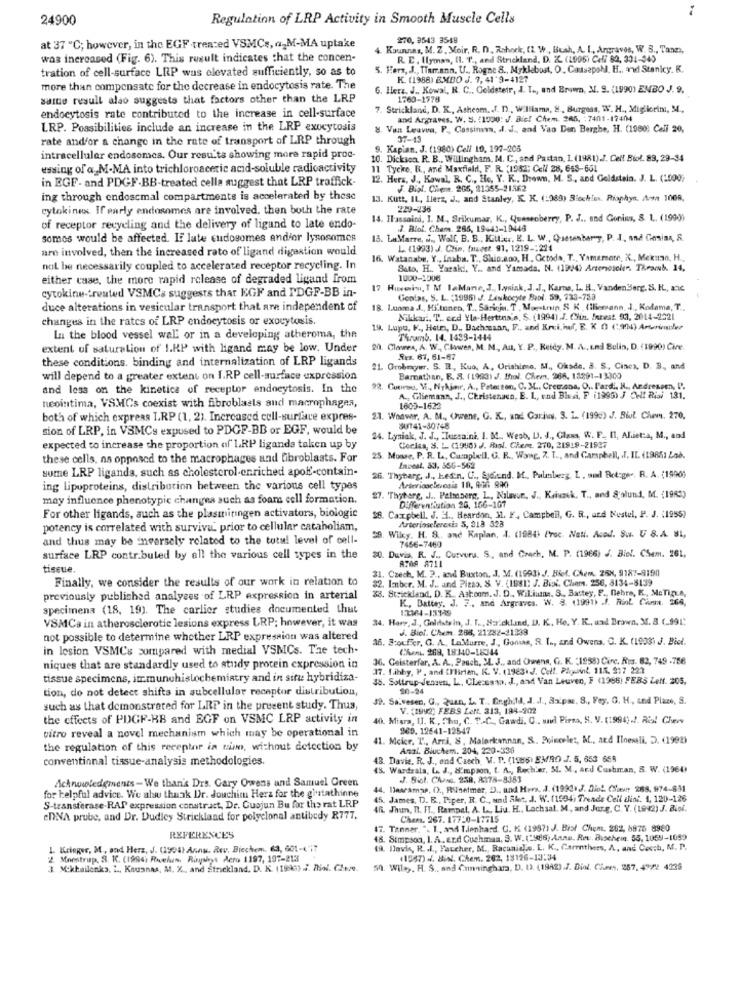
24900
Regulation of LRP Activity in Smooth Muscle Cells
270, 9543 3548
at 37 ℃; however, in the EGF -treated VSMCs, a-M-MA uptake
Kounnas, M. Z. Moir, R. D. Rshock, IL. W ., Bush, A. I ., Argraves, W. S ., Tann),
was increased (Fig. 6). This result indicates that the concen-
R. E . Ilyman, I. T ., and Strickland, D. Z. (1995) Cell 62, 331-040
tration of cell-surface LRP was elevated sufficiently, so as to
5. Hers, J ., Tiemann, U ., Rogne 8 ., Mykleboat, O, CausepoN. H ., and Stanicy. K.
K. (1988) EMDO J. 7, 41'9-4127
more than compensate for the decrease in endocytosis rate. The
6. Herz. J ., Kowal, R. C ., Coldsteir, J. T ., and Brown, M. S. (1990) EMBO J. 9.
saine resull alao suggests that factors other than the LRP
1760-1778
.Strickland, D. K ., Asheom .. J. D ., Williams, 8 ., Burgess, W. H ., Migliorini, M,
endocytosis rate contributed to the increase in cell-surface
and Argraves. W. S. (1900: J. Die! Chem. 265, : 7401-17404
LRP. Possibilities include an increase in the LRP exocytosis
8. Van Leuven, P ., Cossima. l. J ., and Vao Den Berghe, H. (1900: Celi 20,
rate and/or a change in the rate of transport of LRP through
37-43
9. Kapian. J. (1980) Cell 10, 197-205
intracellular endosomes. Our results showing more rapid proc-
0. Dickson. R. B ., Willingham, M. C ., and Pastan, 1. (1981)./. Cell Biol. 89, 29-34
essing of a. M.MA into trichloroacetic acid-soluble radioactivity
11 Tycke. R ., and Maxfield, F. R. (1952; Cell 28, 648-601
in EGF- and PDGF-BB-treated cella suggest that LRP traffick.
12. Herz, J ., Kawal, R. C ., He, Y. K ., Drown, M. S ., and Goldstein. J. L. (1000)
J. Bial. Chieme. 205, 21355-21562
ing through endoscmal compartments is accelerated by those
13. Kutt, IL, Hlerz, J ., and Stanley, K. K. (:989) Blochim. Riaphyn. Aom 1009,
cytokines. If early endosomes are involved, then both the rate
229-236
14. Ilassaind, I. M, Srikumar, K ., Quesoberry, P. J ., and Gonins, S. 1 .. (1990)
of receptor recycling and the delivery of ligund to late endo-
.J. Blof. Cham. 265, 19441-19448
somos would be affected. If late cudogomes andfor lysosomes
15. LaMarre, ii ., Wolf, B. B ., Kitter, E. L. W ., Quesenberg, P. J ., and Gonias, S.
are involved, then the increased rato of ligand digestion would
L. (1993) J. Clin, faucet. 91, 1219 -: 224
16. Watanabe, Y ., Inaba. T ., Shio.ano, H. Cctoda, T ., Yamamame, K ., Meknao, H .,
not be necessarily coupled to accelerated receptor recycling. In
Sato, H .. Yaraki, Y .. and Yamada. N. (19/4) Artenoseler. TRramb. 14.
either case, the more rapid release of degraded ligand from
1000-1006
17 Hussein, I M laMane, J. Wysiak, J.J ., Karts, L. H ., VandenBerg. S. H ., anic
cytokine-treated VSMCs suggests that EGF and IDGF-BB in-
Gonias, S. L. (1995) J. Leukocyte Bool. 59, 733-733
duce alterations in vesicular transport that are independent of
18. Luoma J ., Hi'tonen, T ., Saricju. T . Mesinin, S K . (iliemann, J ., Kodama, T ..
changes in the rates of LRP endocytosis or exocytosis.
Nikkari, T. ccd Yla-Herttna's, S. (1994).J. Chin. Inrest. 53, 2014-2221
19. Lupo, K ., Heim, D ., Dachessan, F ., and Krui. if, E, K O (,904) Arturinoler
Lu the blood vessel wal or in a developing atheroma, the
Thrmb. 14. 1493-1444
extent of saturation of I.KP with ligand may be low. Under
20. Claes, A. W ., Chawen, M. M .,, Au, Y. P ., Reidy. M. A .. und Bulin, D. (1990) Cive
these conditions. binding and internalization of LRP ligands
Res. 67, 61-67
21. Grobmywr. S. R, Kuo, A, Urishime. M ., Oksde. S. S. Cinex, D. B ., and
will depend to a greater extent on I.RP cell-surface expression
Bamnathan, E. S. (1993) J. Bol. Chem. 266, 18291-13300
and less on the kinetica of receptor endocytosis. In the
22. Curso, V ., Nyhimr, A ., Peterson, C. 3L ., Cremona, O .. l'ardi, H ., Andreasen, I.
A ., Gliemann, J ., Christensen, E. L, vnd Blasi, F (1995) J OH! Risi 131.
nicointima, VSMCs coexist with fibroblasts and macrophages,
1603-1622
both of which express I.RP (1, 2). Increased cell-surface expres-
21. Waswir. A. M ., Uwene, G. K ., and. Carivy, S. L. (199c) J. Biul Chems. 270,
sion of LRP, in VSMCs expused to PDGP-BB or EGF, would be
SU741-30748
24. Lyniak, J. J ., Tucsaini. I. M. Weab, UJ. J ., Glass, W. F. Il, Aliet:a, M ., and
Coches, S. L. (1998) J. Pool. Chere. 270, 21818-21537
expected to increase the proportion of LRP ligands taken up by
these cells, as opposed to the macrophages and fibroblasts. For
25. Mouse, P. R. L ., Campbell, G. R ., Wang, 7. T ., and Campbell, . I. IL. (19851 Zad.
some LRP ligands, such as cholesterol-enriched apoE-contain-
Incest. 53, 366-562
26. Thybarg, J ., Les'n. C ., Sjdend. M ., Palmberg, L. and Bot:ger. R. A. (1990)
Arteriosclerosis 10, 836 990
ing lipoproteins, distribution between the various cell types
may influence phenotypic changes such as foams cell formation.
27. "Thyberg, . J .. Palmberg, L, Nilavur, J ., Kriunek. T ., and S'olund, M. (1983)
Differentiation 26. 166-107
For other ligands, such as the plastitingen activators, biologie
$8. Caxpbell. J. H ., Heardon, 11. F. Campbell, G. R ., und Kostel, P. J. (1955)
Arteriosclerosis 5, 318 328
potency is correlated with surviva. prior to cellular cataboliam,
and thus may be inversely related to the total level of cell-
59. Wiky. H. S ., and Kaplan, J. (1984) I'vec. Nali. Aced. Su. U S.A. BL,
20. Duvis. R. J ., Curvuru. S ., and Czech, M. P. (1966) J. Biol. CSem. 261,
7456-7460
surface LRP contr.buled by all the various cell types in the
tissue.
Czech, M. 3 ., and Buxton, J. M. (1993) J. Bief. Chem. 25N, 9187-8190
8708 8711
Finally, we consider the results of our work in relation to
31.
32. Imber. M. J ., and Pleas. S. V. (1981) J. Bist. Chem. 256, 8134-8139
Strickland, D. K. Astoom. J. D ., WiLiuna. S ., Bastey, F. Debre, K ., MeTig.A,
previously published analyses of LRP expression in arterial
K ., Battey. J. F ., and Argraves. W. 3. 11991) .f. Riol Cium. 266,
specimens (18, 19). The carlier studies documented that
12364-13129
VSMCs in atherosclerotic lesions express LRP; however, it was
34. Hare, J, Goldsts in, J. T ., Sa.ckland, D. K. He. Y. K ., und Brown, 31. 3 (_991;
J. Biel. Chem. 288, 21282-21339
not possible to determine whether LRP expression was altered
16. 3:oufer, G. A ., LaMurre, J ., Gomas, S. L ., and Owens. O. K. (1933) J. Biel.
in lesion VSMC's compared with medial VSMCs. The tech.
Chan. 269, 18:340-18344
36. Geisterfar, A. A ., Pasch, 2L. J ., and Owens, G. K. "1958) Circ. Rus. 62, 749 .756
niques that are standardly used to study protein expression in
17. 1.abby, P . and CHBirien, K. V. (1983. J. Cell. Plquint. 115. 217 221
tissue specimens, immunohistochemistry and in situ hybridiza-
35. Sottrup-Jensen, L ., Cleceamp, J ., and Van Leuven, F (1966) FERS Left. 205,
tion, do not detect shifts in subcellular recaptor distribution,
20-24
49. Sa.vesen, G ., Quan, L. T .. Enghild, J. J ., Sxpme. 8 ., Fey. G. H ., and Plazo, S.
such as that demonstrated for LRP in the present study. Thus,
V. (1942) FEBS Lett. 313, 198-902
the effects of PDGF-HB and EGF on VSMC LRP activity in
40. Misra, I]. K , Chu, C. T.C ., Gawdi, C .. und Pirna, S. V. (1994) ./. Rio! Clueww
vitro reveal a novel mechanism which may be operational in
965. 12641-12547
41. Mcice, T ., Arri, S, Malerkannan, S. Poincele :, M ., atd Iloessli. D. (1992)
the regulation of this receptor in nie, without detection by
Anal. Bluchem. 204, 220-336
conventional tissue-analysis methodologies.
48. Davie. R. J ., ond Czech, V. P. (1985) EMRO J. 5, 653 659
48. Wardsala, L. J ., Simpson, t. A ., Recher, 5t. M. and Cushman, S. W. (1960)
Acknowledgements -We than's Drs. Gary Owens and Samuel Green
J. Siol. CAnd. 258, A178-8383
44. Descamps, () ., Rsinetmer, D ., und Hera. J. (1993. J. Diot. CSaun 268, 974-831
for helpful advice. We alsu thank Dr. Jouchim Herz for the grutathinne
45. James, D. R ., Piper, R. C ., and Alt, J. W. (1534) Trends Cell dist. 1, 120-126
S-transferase.RAP expression constract, Dr. Cuojun Bu for the rat LRP
(fi. Jhum, n. FT ., Raripel, A. L. Liu, H .. Lachsal. M, and Jur.g. C. Y. (1992) J. Biol.
DNA prubc, and Dr. Dudley Strickland for polyclonal antibedy R777,
Cham. 267. 177:0-17715
". Tanner. "- 1 .. and Tlenhard. C. K. (1987) J. Bist Chem. 202, 8976 8980
REFERENCES
48. Simpson, I. A. end Cushman, S. W.('986; Anne. Ret: Bischen 55, 1058-1099
1. Krieger, M . and Herz, J. (1994) Annu. Rev. Biechem. 63, 601-4'i7
19. Havis, R. . L ., Faccher, M ., Racanial.o. L. K ., Garethers, A, and Cooch, M. P.
2 Monstrup. S. K. (1994) Rucelus, Riysint Aero 1197, 197-213
(1557) ./. Bisl. Chem. 262, 13126-13:34
3. Mokkailenks. I ., Kouanas, M. X ., and Strickland. D. K. (1998) .J. Riol. Che.me.
50. Wiley. H. S ., and Cumminghara, D. U. (1982).J. Diol. Claes. 257, 4922 4239